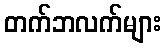
တက်ဘလက်များ